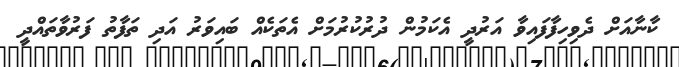
ކާނާއަށް ދެވިހިފާފައިވާ އަރުދީ އެކަމުން ދުރުކުރުމަށް އެތަކެއް ބައިވަރު އަދި ތަފާތު ފަރުވާތައްދީ